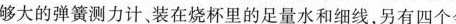
够大的弹簧测力计，装在烧杯里的足量水和细线，另有四个金